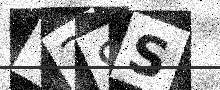
Text: V2SS